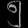
Digit: ၅